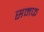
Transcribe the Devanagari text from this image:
समफ